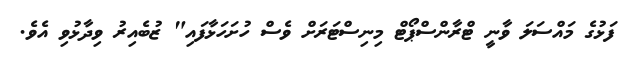
ފަޅުގެ މައްސަލަ ވާނީ ޓްރާންސްޕޯޓް މިނިސްޓަރަށް ވެސް ހުށަހަޅާފައި" ޒުބެއިރު ވިދާޅުވި އެވެ.